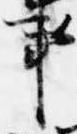
事